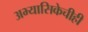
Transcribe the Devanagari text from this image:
अभ्यासिकेचीही